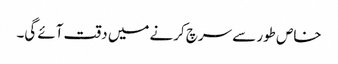
خاص طور سے سرچ کرنے میں دقت آئے گی۔